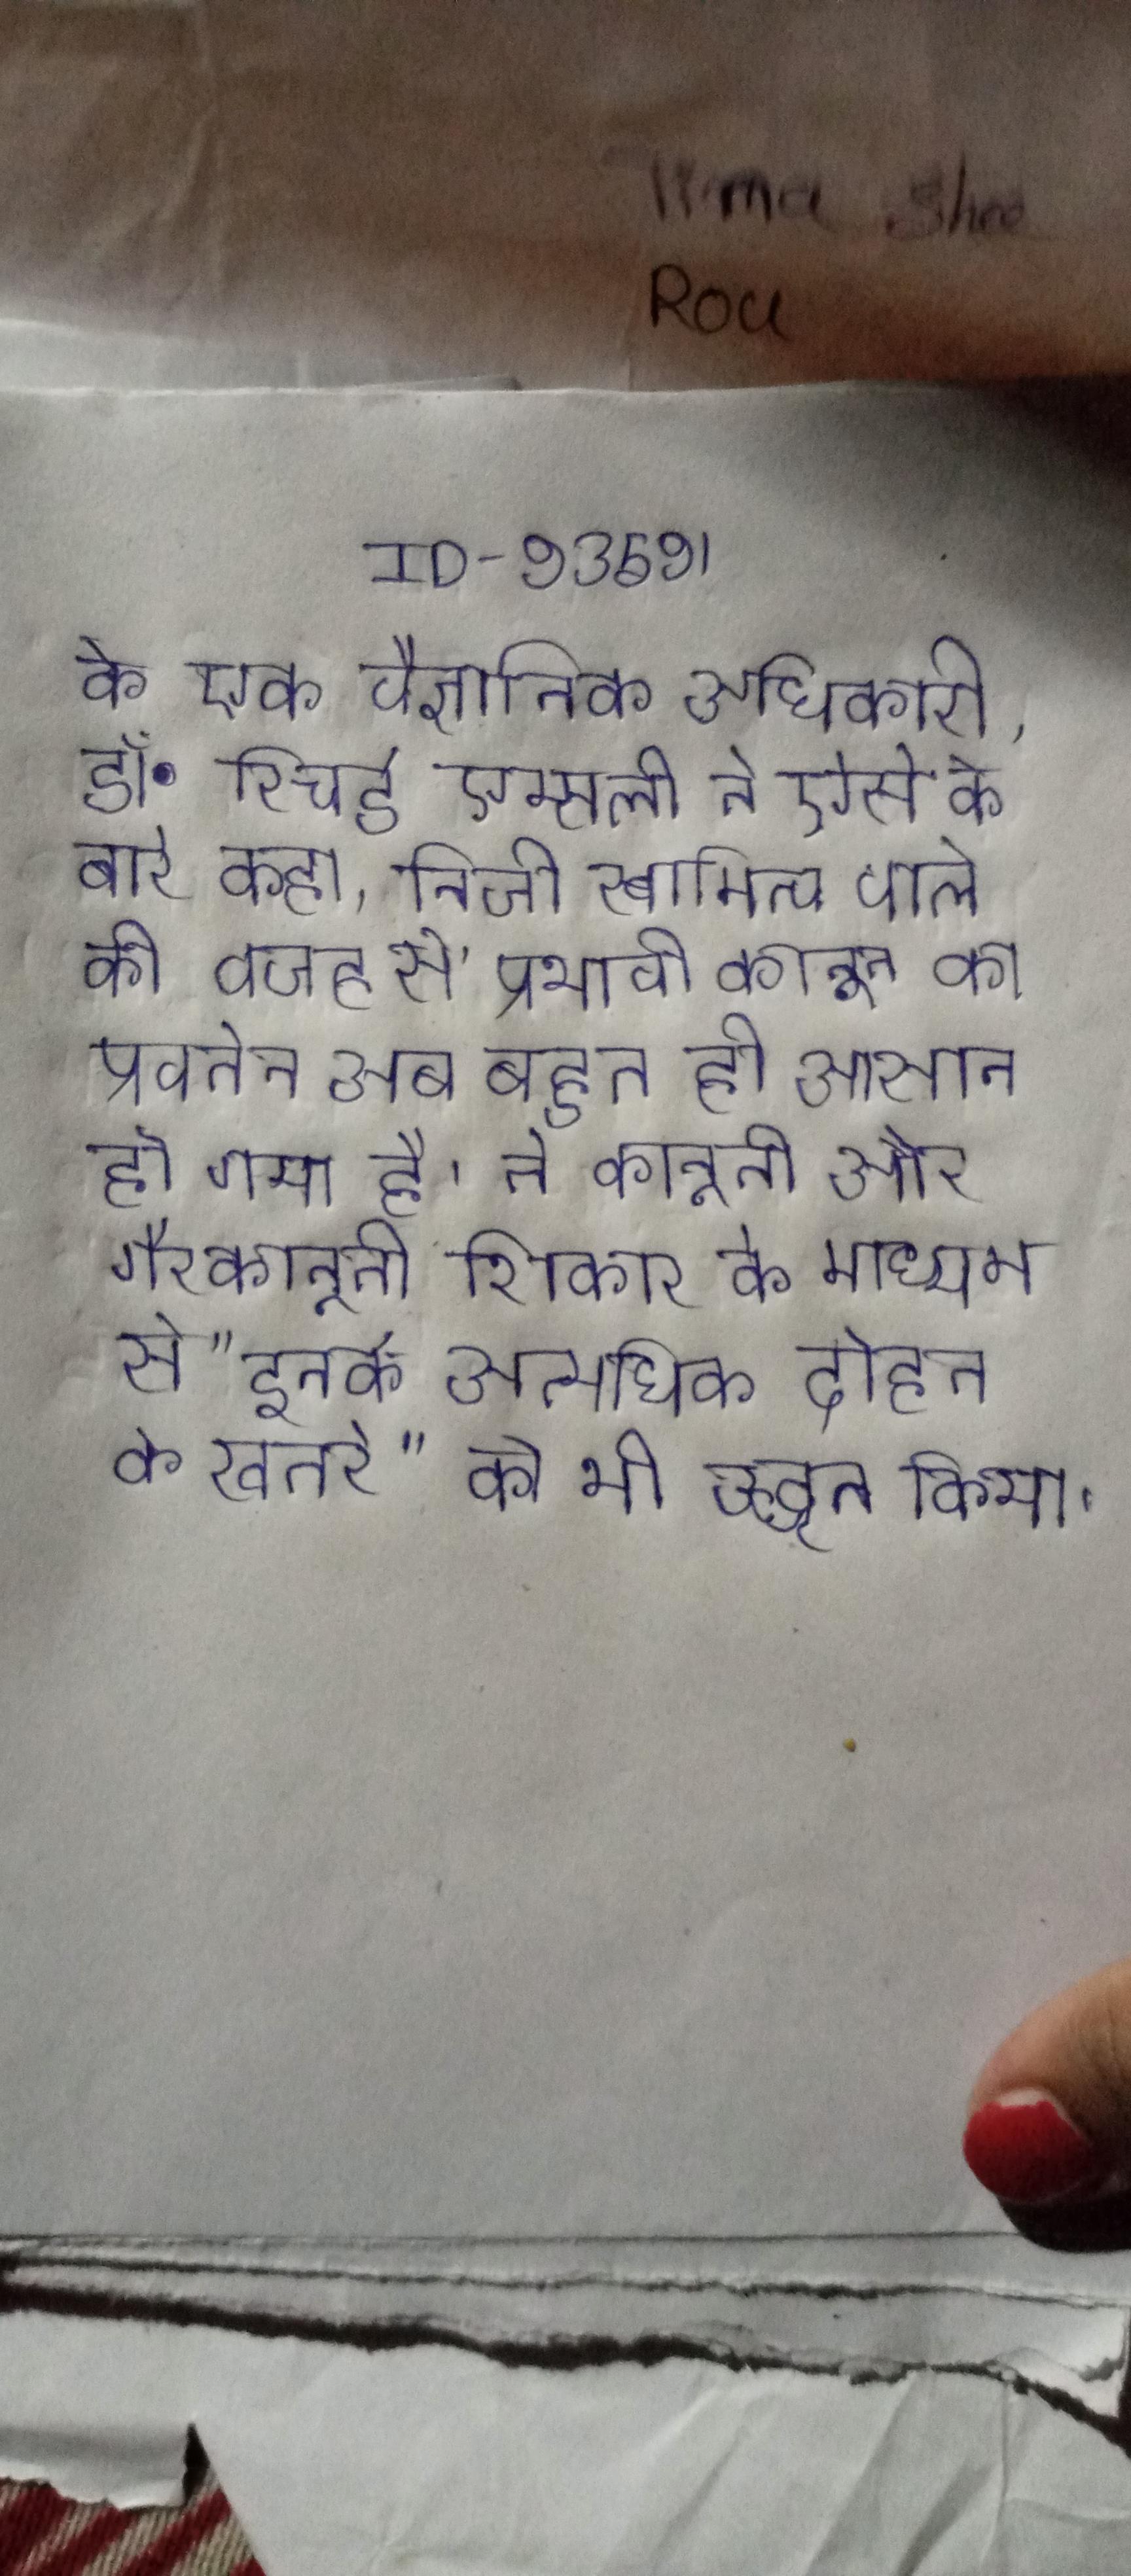
के एक वैज्ञानिक अधिकारी, डॉ॰ रिचर्ड एम्सली ने ऐसे के बारे कहा, निजी स्वामित्व वाले की वजह से, प्रभावी कानून का प्रवर्तन अब बहुत ही आसान हो गया है। . ने कानूनी और गैरकानूनी शिकार के माध्यम से "इनके अत्यधिक दोहन के खतरे" को भी उद्धृत किया ।